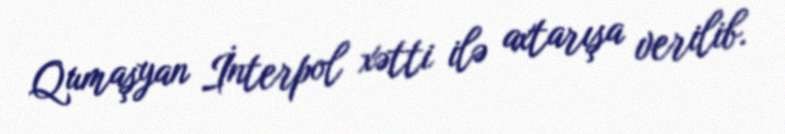
Qumaşyan İnterpol xətti ilə axtarışa verilib.